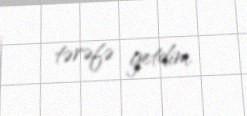
tərəfə getdim.